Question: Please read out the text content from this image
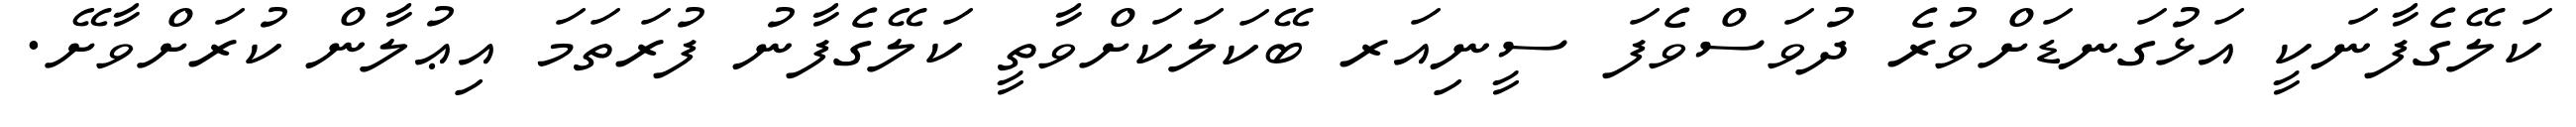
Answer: ކަލޭގެފާނަކީ އަޅުގަނޑަށްވުރެ ދުވަސްވެފަ ސީނިއަރ ބޭކަލަކަށްވާތީ ކަލޭގެފާނު ފުރަތަމަ އިޢުލާން ކުރަށްވާށޭ.